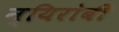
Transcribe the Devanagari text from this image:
न्यिरोबी